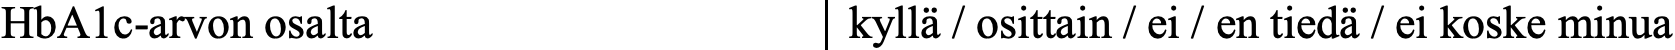
HbA1c-arvon osalta          kyllä / osittain / ei / en tiedä / ei koske minua